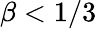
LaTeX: \beta<1/3